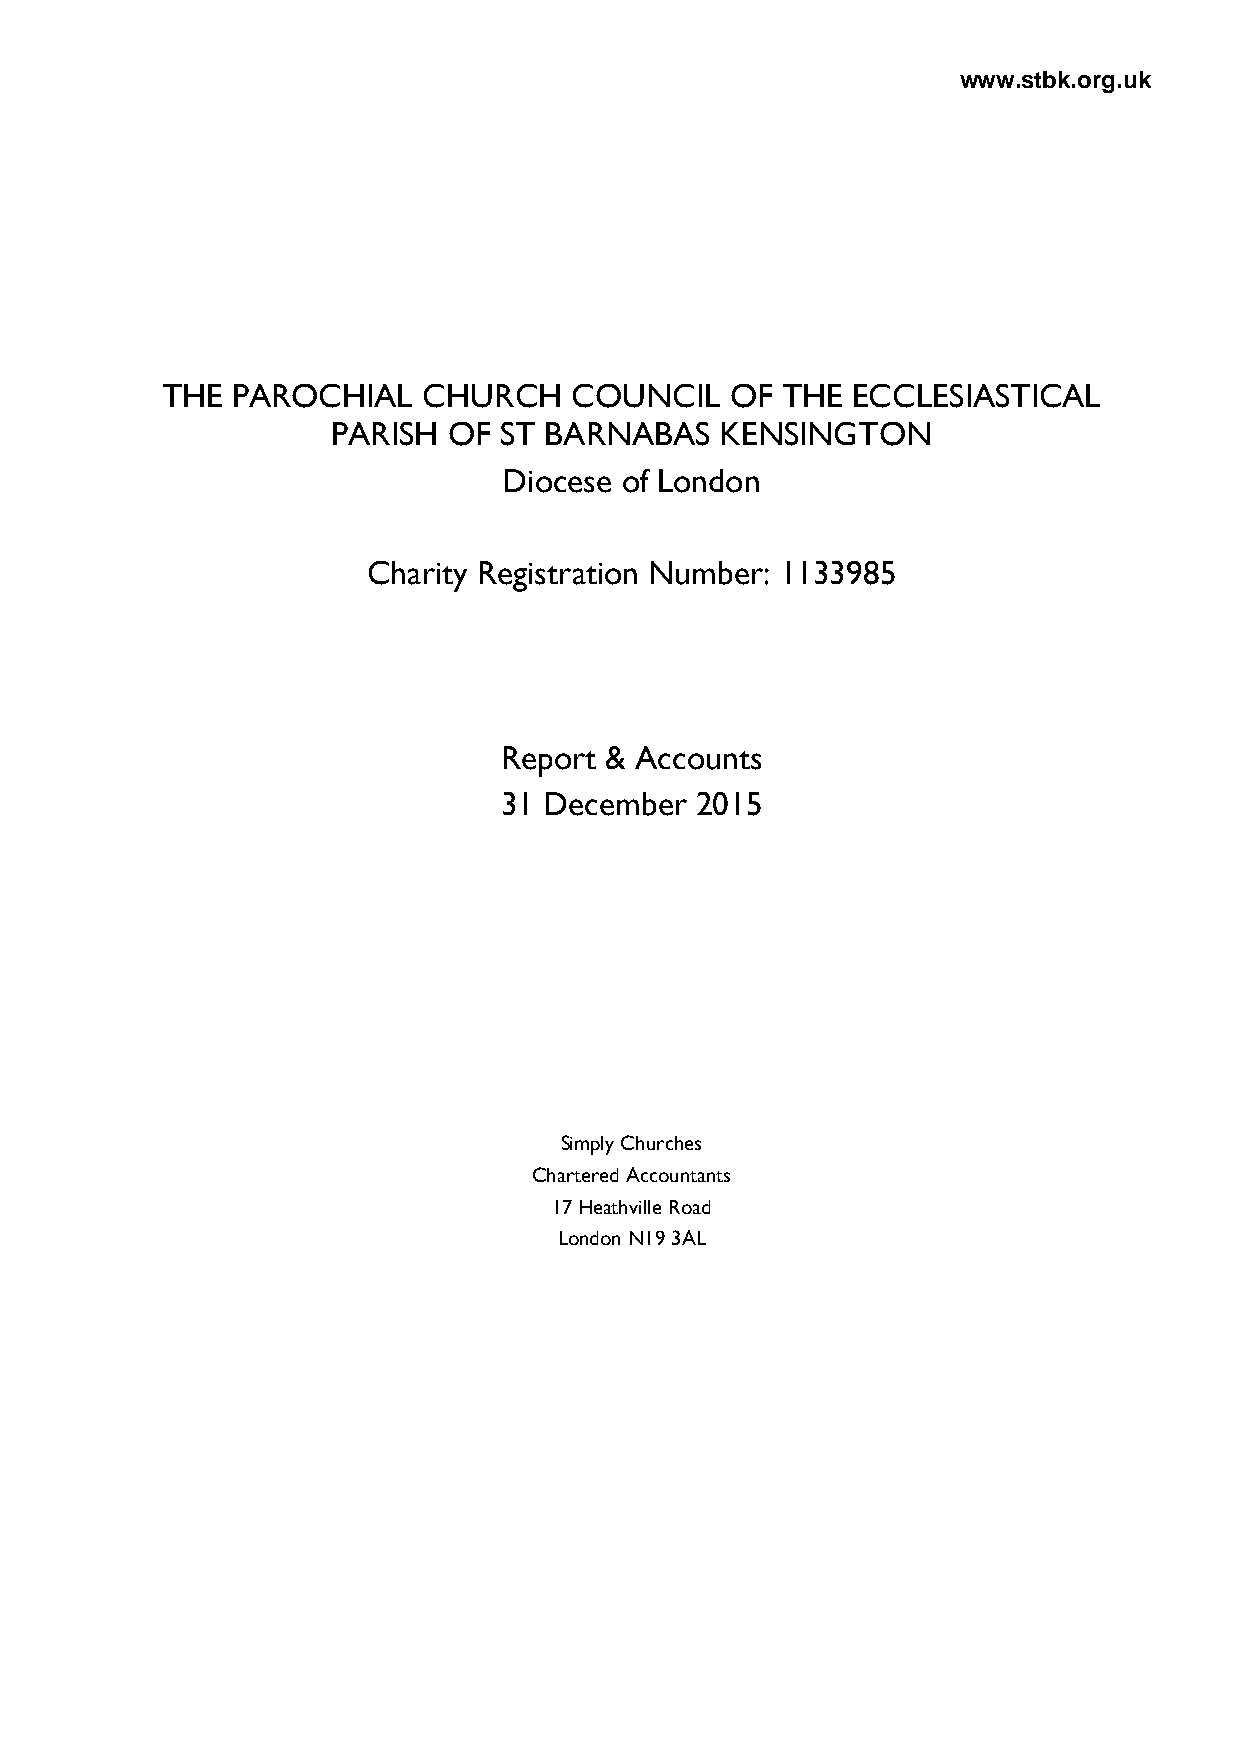
www.stbk.org.uk
 THE PAROCHIAL    CHURCH    COUNCIL   OF  THE ECCLESIASTICAL
 PARISH  OF ST BARNABAS    KENSINGTON
 Diocese of London
 Charity Registration Number: 1133985
 Report & Accounts
 31 December  2015
 Simply Churches
 Chartered Accountants
 17 Heathville Road
 London N19 3AL